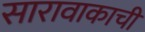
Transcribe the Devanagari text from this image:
सारावाकाची